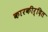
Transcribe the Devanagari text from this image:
कारकीर्दित